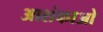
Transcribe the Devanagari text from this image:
आशंकाओ